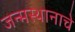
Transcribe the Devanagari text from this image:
जन्मस्थानाचे